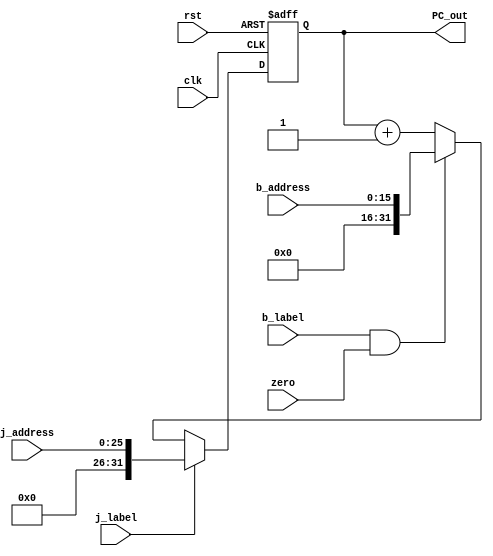
`timescale 1ns / 1ps

module PC (
    input clk,
    input rst,
	 input j_label,
	 input b_label,
	 input zero,
	 input [15:0] b_address,
	 input [25:0]j_address,
	 output [31:0]PC_out
);

reg [31:0]PC;
initial begin 
PC=-1;
end

wire [31:0] jumpaddress={6'b000000, j_address[25:0]};
wire [31:0] branchaddress={6'b000000, b_address[15:0]};


always @ (posedge clk or posedge rst) begin
    if (rst) begin
        PC <= 0;
		  end
	 else if (j_label) begin
			PC<= jumpaddress;
	 end
	 else if(b_label && zero) begin
			PC<=branchaddress;
	 end
    else begin
        PC <= PC+ 1; 
    end
	 
	 
end

assign PC_out = PC;



endmodule